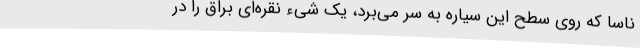
ناسا که روی سطح این سیاره به سر می‌برد، یک شیء نقره‌ای براق را در